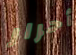
أحرار